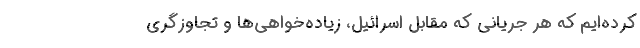
کرده‌ایم که هر جریانی که مقابل اسرائیل، زیاده‌خواهی‌ها و تجاوزگری